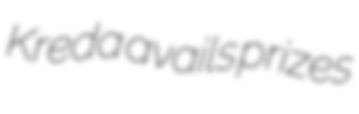
Kreda avails prizes